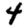
Digit: 4